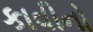
કાવીનો